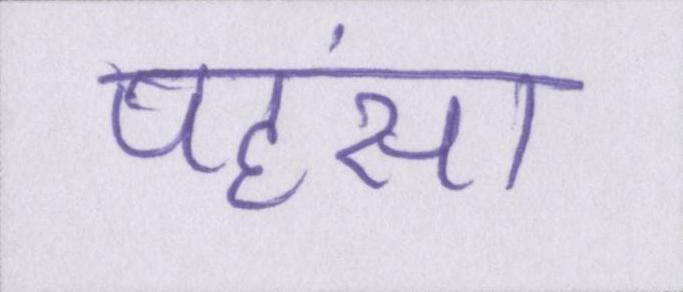
पहंसा